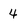
Character: 4